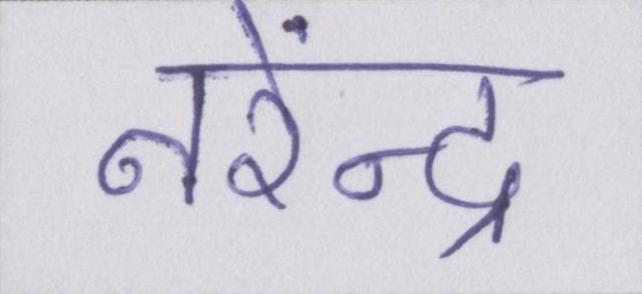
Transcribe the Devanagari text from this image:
नरेंन्द्र